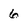
Character: 6